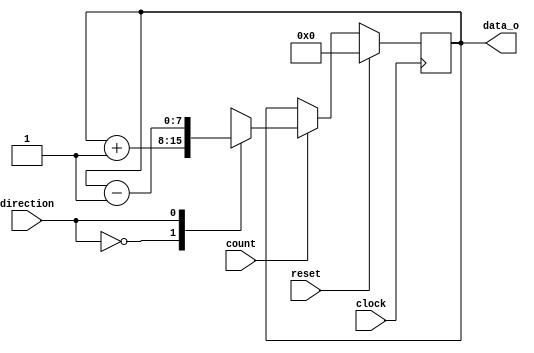
module UDCounter(clock,reset,count,direction,data_o);
   parameter Size = 8;
   input wire [('b1) - ('b1):0] clock;
   input wire [('b1) - ('b1):0] reset;
   input wire [('b1) - ('b1):0] count;
   input wire [('b1) - ('b1):0] direction;
   output reg [(Size) - ('b1):0] data_o;
   always @ (posedge clock) begin
      if (reset) begin
	 data_o <= {Size{1'b0}};
      end
      else begin
	 if (count) begin
	    case (direction)
	      'b0: data_o <= data_o + 1;
	      'b1: data_o <= data_o - 1;
	    endcase
	 end
      end
   end
endmodule